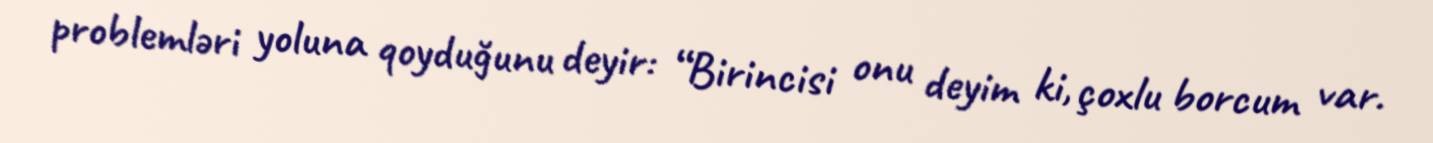
problemləri yoluna qoyduğunu deyir: “Birincisi onu deyim ki, çoxlu borcum var.